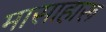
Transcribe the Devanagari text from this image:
मासाहारू